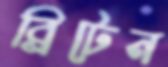
ব্রিটেন